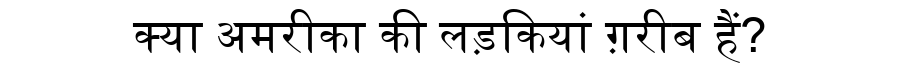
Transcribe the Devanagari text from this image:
क्या अमरीका की लड़कियां ग़रीब हैं?